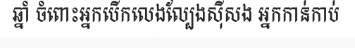
ឆ្នាំ ចំពោះអ្នកបើកលេងល្បែងស៊ីសង អ្នកកាន់កាប់